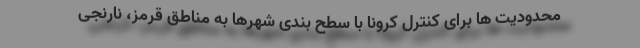
محدودیت ها برای کنترل کرونا با سطح بندی شهرها به مناطق قرمز، نارنجی